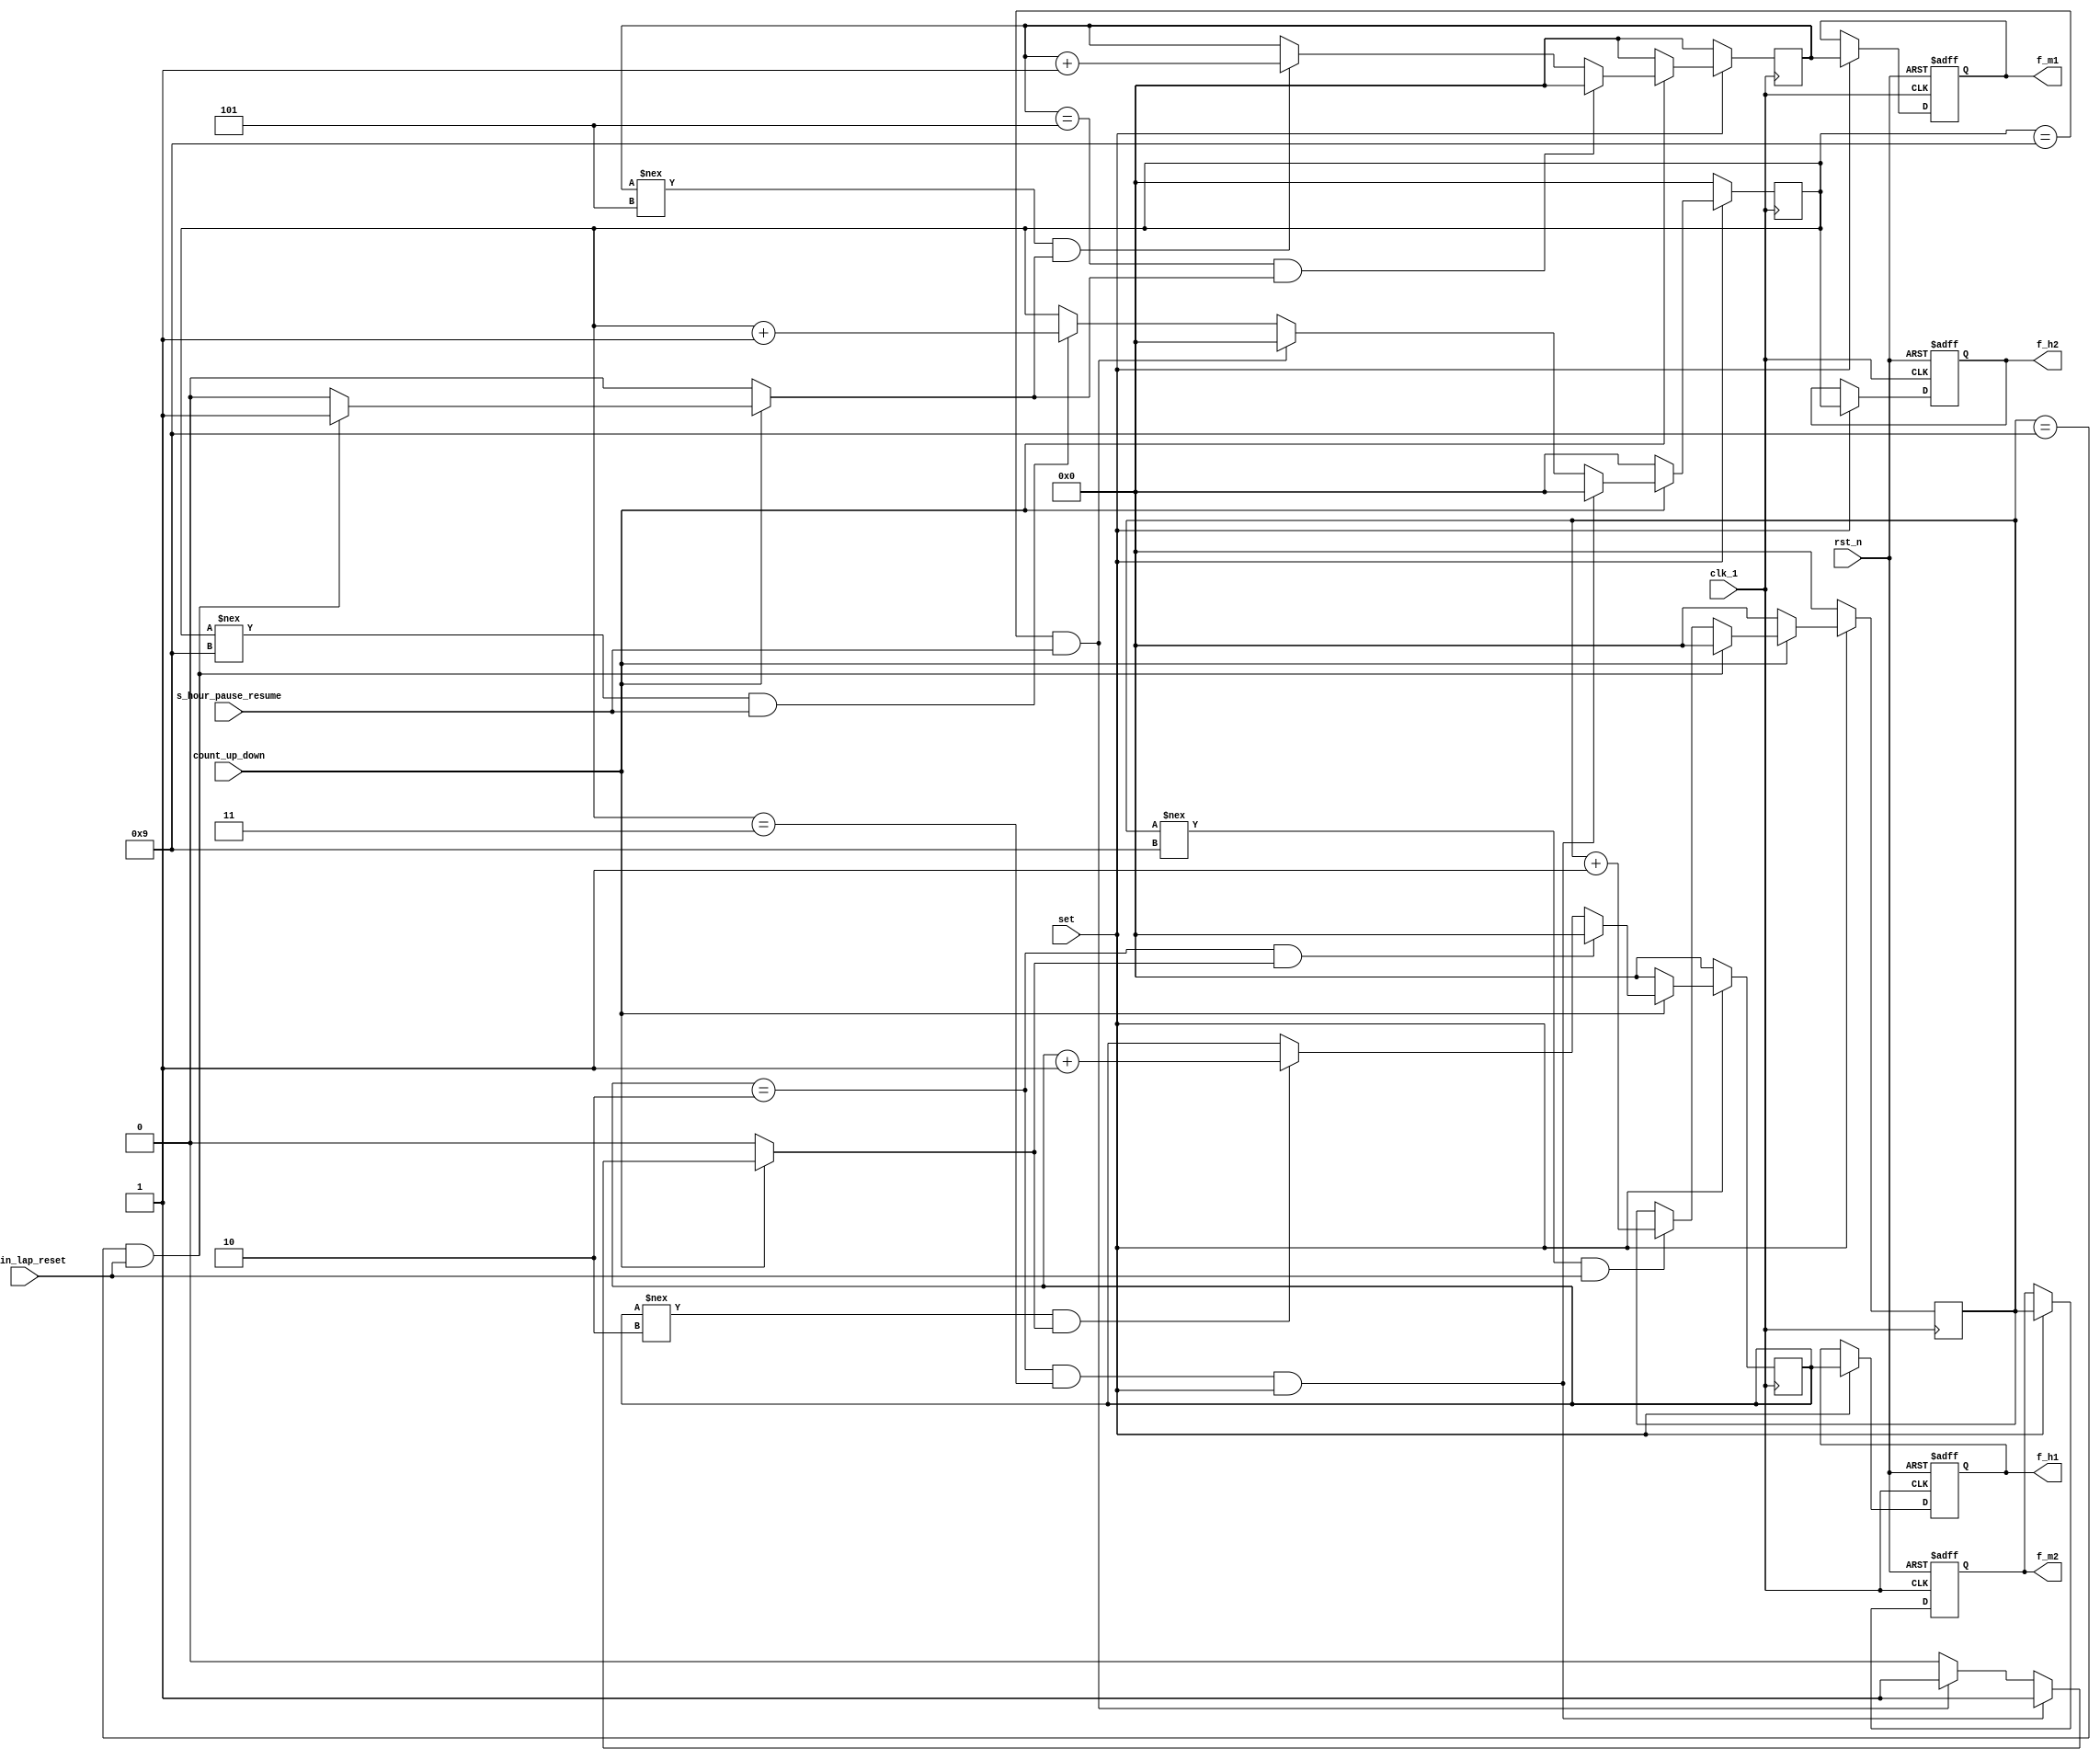
`define DISABLED 1'b0
`define ENABLED 1'b1


module lab7_3_set_time(
clk_1,
rst_n,
set,
s_min_lap_reset,
s_hour_pause_resume,
count_up_down,
f_h1,
f_h2,
f_m1,
f_m2
);
input clk_1;
input rst_n;
input set;
input s_min_lap_reset, s_hour_pause_resume;
input count_up_down;
reg borrow1, borrow2, borrow3, borrow4;
reg [3:0] s_h1, s_h2, s_m1, s_m2;
reg [3:0] s_h1_tmp, s_h2_tmp, s_m1_tmp, s_m2_tmp;
output reg [3:0] f_h1, f_h2, f_m1, f_m2;
reg [3:0] f_h1_tmp, f_h2_tmp, f_m1_tmp, f_m2_tmp;



always @(posedge clk_1) 
if (~set) s_h1 <= 4'd0;
else s_h1 <= s_h1_tmp;

always @*
if (count_up_down == 0) begin
s_h1_tmp = 0;
borrow4 = `DISABLED;
end
else if (s_h1 == 4'd2 && borrow3) begin
s_h1_tmp = 4'd0;
borrow4 = `ENABLED; 
end
else if (s_h1 !== 4'd2 && borrow3) begin
s_h1_tmp = s_h1 + 4'd1;
borrow4 = `DISABLED; 
end
else begin
s_h1_tmp = s_h1; 
borrow4 = `DISABLED;
end



always @(posedge clk_1) 
if (~set) s_h2 <= 4'd0;
else s_h2 <= s_h2_tmp;

always @*
if (count_up_down == 0) begin
s_h2_tmp = 0;
borrow3 = `DISABLED;
end
else if((s_h1==2)&&(s_h2==3)&&(set == 1))begin
s_h2_tmp = 4'd0;
borrow3 = `ENABLED; 
end
else if (s_h2 == 4'd9 && s_hour_pause_resume) begin
s_h2_tmp = 4'd0;
borrow3 = `ENABLED; 
end
else if (s_h2 !== 4'd9 && s_hour_pause_resume) begin
s_h2_tmp = s_h2 + 4'd1;
borrow3 = `DISABLED; 
end
else begin
s_h2_tmp = s_h2; 
borrow3 = `DISABLED;
end


always @(posedge clk_1) 
if (~set) s_m1 <= 4'd0;
else s_m1 <= s_m1_tmp;


always @*
if (count_up_down == 0) begin
s_m1_tmp = 0;
borrow2 = `DISABLED;
end
else if (s_m1 == 4'd5 && borrow1) begin
s_m1_tmp = 4'd0;
borrow2 = `ENABLED; 
end
else if (s_m1 !== 4'd5 && borrow1) begin
s_m1_tmp = s_m1 + 4'd1;
borrow2 = `DISABLED; 
end
else begin
s_m1_tmp = s_m1; 
borrow2 = `DISABLED;
end


always @(posedge clk_1) 
if (~set) s_m2 <= 4'd0;
else s_m2 <= s_m2_tmp;

always @*
if (count_up_down == 0) begin
s_m2_tmp = 0;
borrow1 = `DISABLED;
end
else if (s_m2 == 4'd9 && s_min_lap_reset) begin
s_m2_tmp = 4'd0;
borrow1 = `ENABLED; 
end
else if (s_m2 !== 4'd9 && s_min_lap_reset) begin
s_m2_tmp = s_m2 + 4'd1;
borrow1 = `DISABLED; 
end
else begin
s_m2_tmp = s_m2; 
borrow1 = `DISABLED;
end


always @(posedge clk_1 or negedge rst_n) 
if (~rst_n) begin
f_h1 <= 4'd0;
f_h2 <= 4'd0;
f_m1 <= 4'd0;
f_m2 <= 4'd0;
end
else begin
f_h1 <= f_h1_tmp;
f_h2 <= f_h2_tmp;
f_m1 <= f_m1_tmp;
f_m2 <= f_m2_tmp;
end

always @* 
if (set==1) begin
f_h1_tmp = s_h1;
f_h2_tmp = s_h2;
f_m1_tmp = s_m1;
f_m2_tmp = s_m2;
end
else  begin
f_h1_tmp = f_h1;
f_h2_tmp = f_h2;
f_m1_tmp = f_m1;
f_m2_tmp = f_m2;
end




endmodule